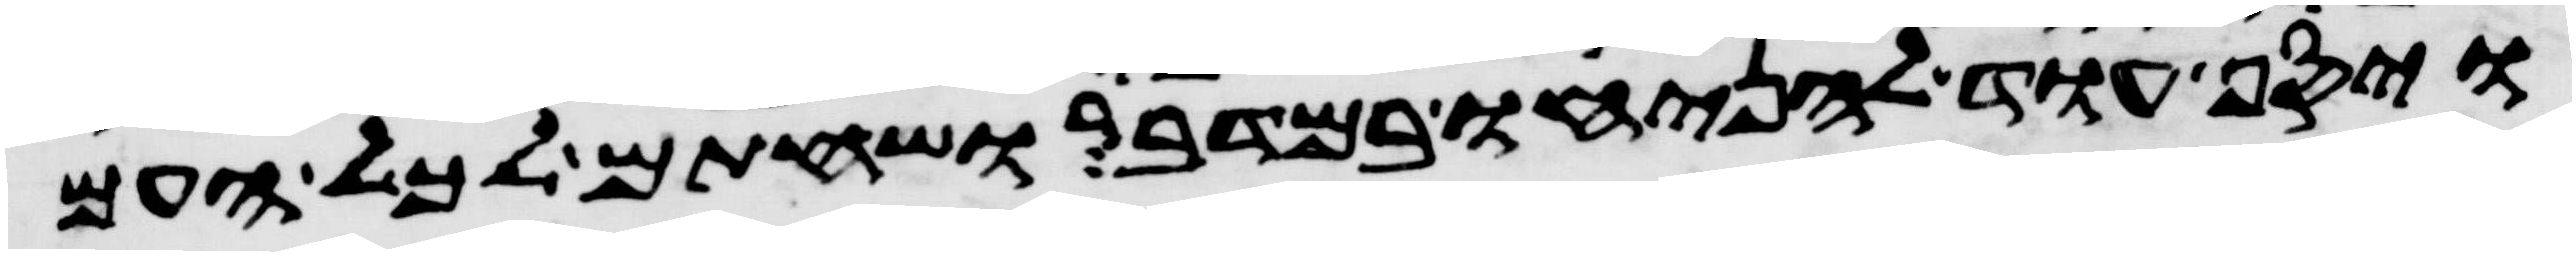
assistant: ויסף עוד להניחו במדבר ושחתם לכל העם